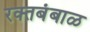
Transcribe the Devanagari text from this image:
रक्‍तबंबाळ